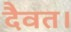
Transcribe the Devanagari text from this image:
दैवत।